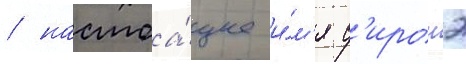
/ настоа́щее и́м'я с'иронэ